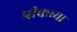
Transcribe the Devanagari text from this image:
पीकच्या